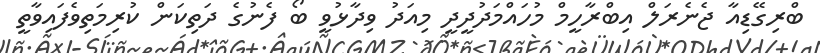
ބްރިގޭޑިއާ ޖެނެރަލް އިބްރާހީމް މުހައްމަދުދީދީ މިއަދު ވިދާޅުވީ ބޯ ފެނުގެ ދަތިކަން ކުރިމަތިވެފައިވާތީ